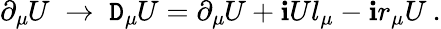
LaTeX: \partial_{\mu}\! \! \; U\; \rightarrow\; \mathtt{D}_{\mu}\! \! \; U=\partial_{\mu}\! \! \; U+\mathbf{i}Ul_{\mu}-\mathbf{i}r_{\mu}U\: .